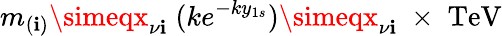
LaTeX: m_{(\mathbf{i})}\simeqx_{\nu\mathbf{i}}\; (ke^{-ky_{1s}})\simeqx_{\nu\mathbf{i}}\; \times\; \mathrm{{TeV}}